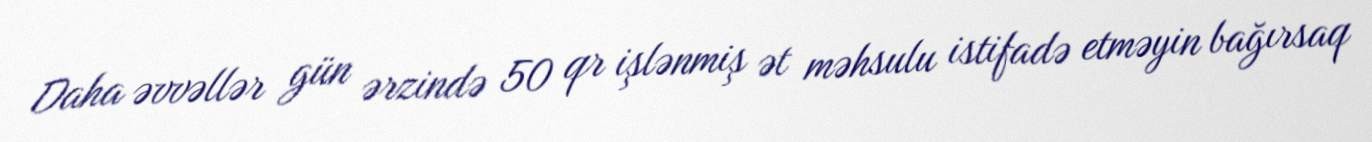
Daha əvvəllər gün ərzində 50 qr işlənmiş ət məhsulu istifadə etməyin bağırsaq